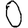
Digit: 0